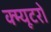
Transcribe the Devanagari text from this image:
क्म्यूटरों